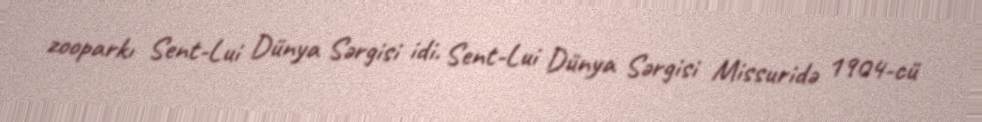
zooparkı Sent-Lui Dünya Sərgisi idi. Sent-Lui Dünya Sərgisi Missuridə 1904-cü